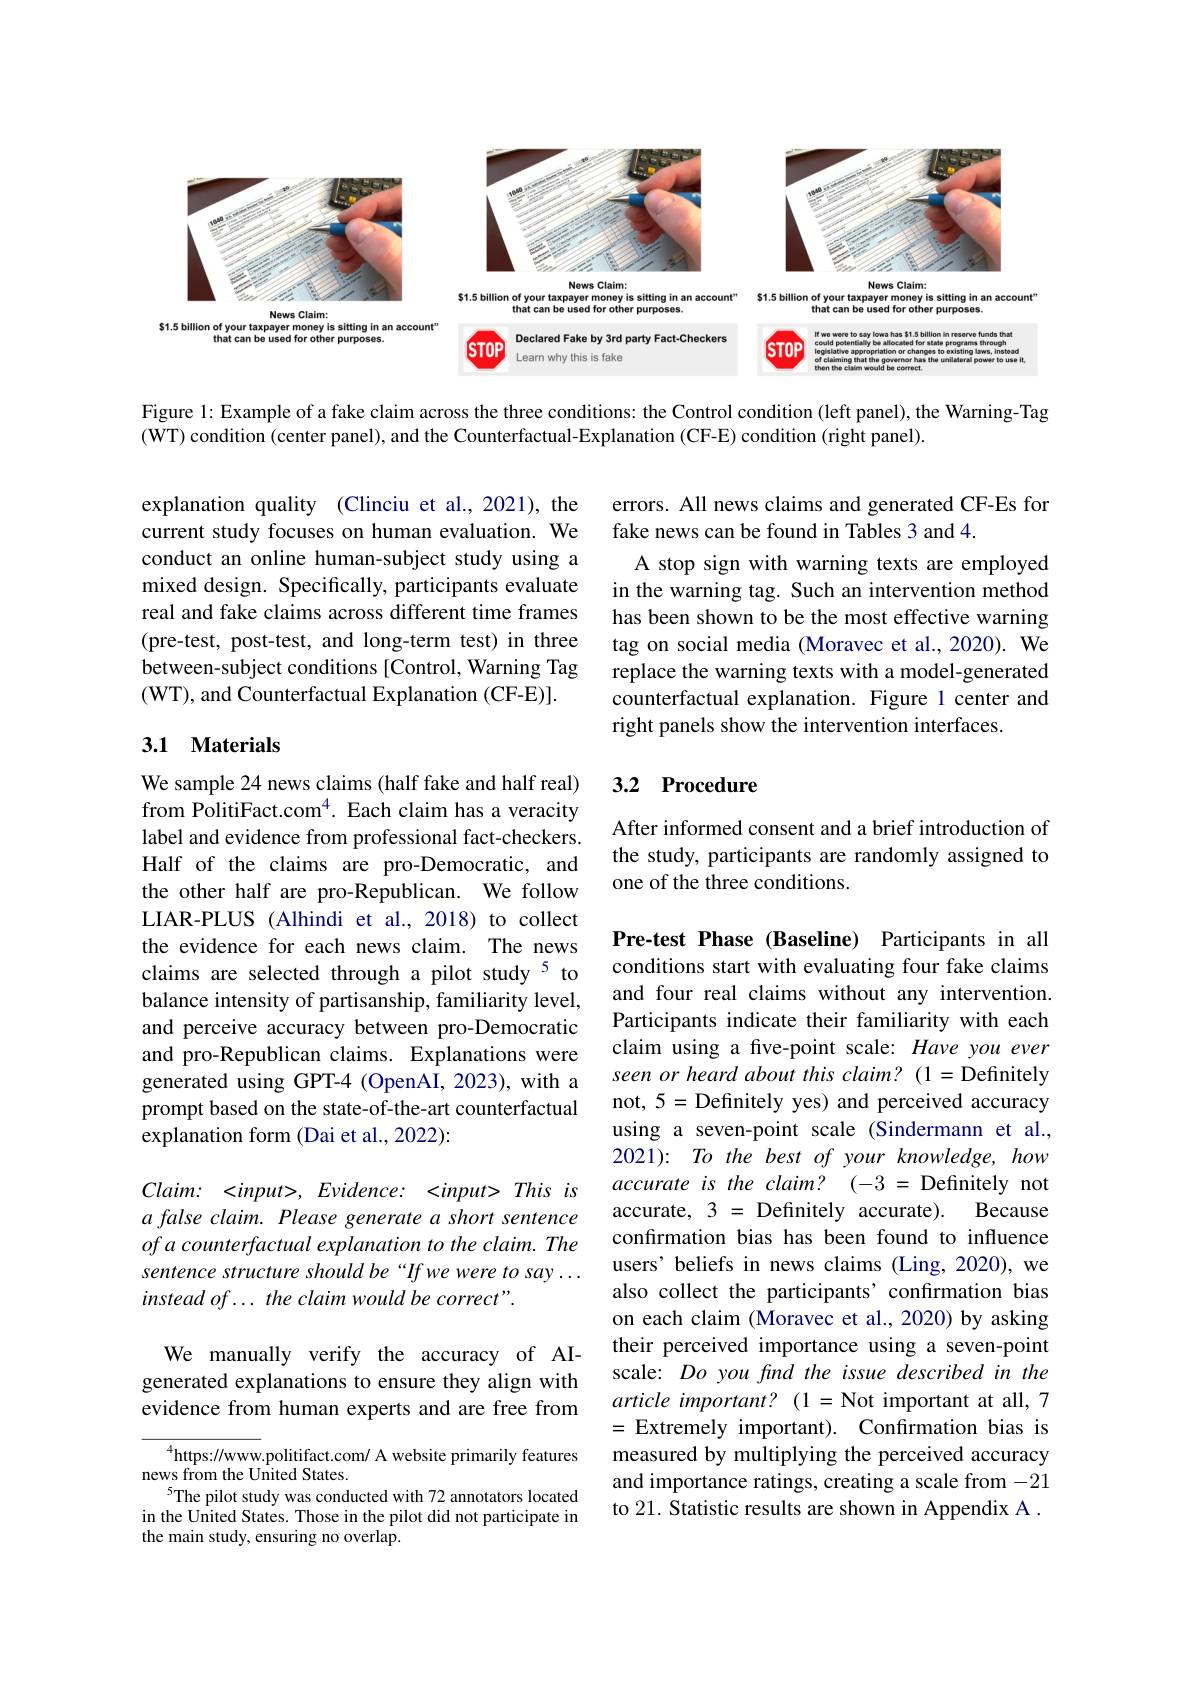
<FigureHere>

Figure 1: Example of a fake claim across the three conditions: the Control condition (left panel), the Warning-Tag
(WT) condition (center panel), and the Counterfactual-Explanation (CF-E) condition (right panel).

explanation quality (Clinciu et al., 2021), the current study focuses on human evaluation. We conduct an online human-subject study using a mixed design. Specifically, participants evaluate real and fake claims across different time frames (pre-test, post-test, and long-term test) in three between-subject conditions [Control, Warning Tag (WT), and Counterfactual Explanation (CF-E)].

errors. All news claims and generated CF-Es for
fake news can be found in Tables 3 and 4.
A stop sign with warning texts are employed in the warning tag. Such an intervention method has been shown to be the most effective warning tag on social media (Moravec et al.,2020). We replace the warning texts with a model-generated counterfactual explanation. Figure 1 center and right panels show the intervention interfaces.

## 3.1 Materials

# 3.2 Procedure

After informed consent and a brief introduction of the study, participants are randomly assigned to one of the three conditions.

We sample 24 news claims (half fake and half real) from PolitiFact.com$^{4}$. Each claim has a veracity label and evidence from professional fact-checkers. Half of the claims are pro-Democratic, and the other half are pro-Republican. We follow LIAR-PLUS (Alhindi et al., 2018) to collect the evidence for each news claim. The news claims are selected through a pilot study $^{5}$ to balance intensity of partisanship, familiarity level, and perceive accuracy between pro-Democratic and pro-Republican claims. Explanations were generated using GPT-4 (OpenAI, 2023), with a prompt based on the state-of-the-art counterfactual explanation form (Dai et al., 2022):

Pre-test Phase (Baseline) Participants in all conditions start with evaluating four fake claims and four real claims without any intervention. Participants indicate their familiarity with each claim using a five-point scale: Have you ever seen or heard about this claim? (1= Definitely not, 5=Definitely yes) and perceived accuracy using a seven-point scale (Sindermann et al., 2021): To the best of your knowledge, how accurate is the claim? (-3 = Definitely not accurate, 3= Definitely accurate). Because confirmation bias has been found to influence users’beliefs in news claims (Ling,2020), we also collect the participants'confirmation bias on each claim (Moravec et al., 2020) by asking their perceived importance using a seven-point scale: Do you find the issue described in the article important? (1=Not important at all,7 =Extremely important).Confırmation bias is measured by multiplying the perceived accuracy and importance ratings, creating a scale from -21 to 21. Statistic results are shown in Appendix A .

$Claim:$ $< input> $, $Evidence:$ $< input>$ This $is$ a false claim. Please generate a short sentence of a counterfactual explanation to the claim. The sentence structure should be “Ifwe were to say... $insteadof\ldots \textit{the claim would be correct" . }$

We manually verify the accuracy of AIgenerated explanations to ensure they align with evidence from human experts and are free from

$^{4}$https://www.politifact.com/ A website primarily features
news from the United States.
5The pilot study was conducted with 72 annotators located in the United States. Those in the pilot did not participate in the main study, ensuring no overlap.